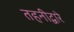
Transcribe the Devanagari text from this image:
तहनीद्वारे